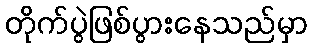
တိုက်ပွဲဖြစ်ပွားနေသည်မှာ